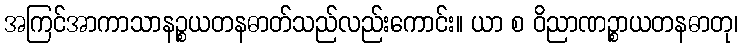
အကြင်အာကာသာနဉ္စယတနဓာတ်သည်လည်းကောင်း။ ယာ စ ဝိညာဏဉ္စာယတနဓာတု၊